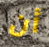
أن